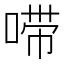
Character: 𫪺